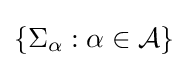
\textstyle \left\{\Sigma _{\alpha }:\alpha \in {\mathcal {A}}\right\}